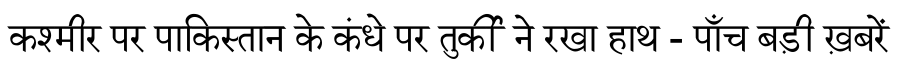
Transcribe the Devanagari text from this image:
कश्मीर पर पाकिस्तान के कंधे पर तुर्की ने रखा हाथ - पाँच बड़ी ख़बरें